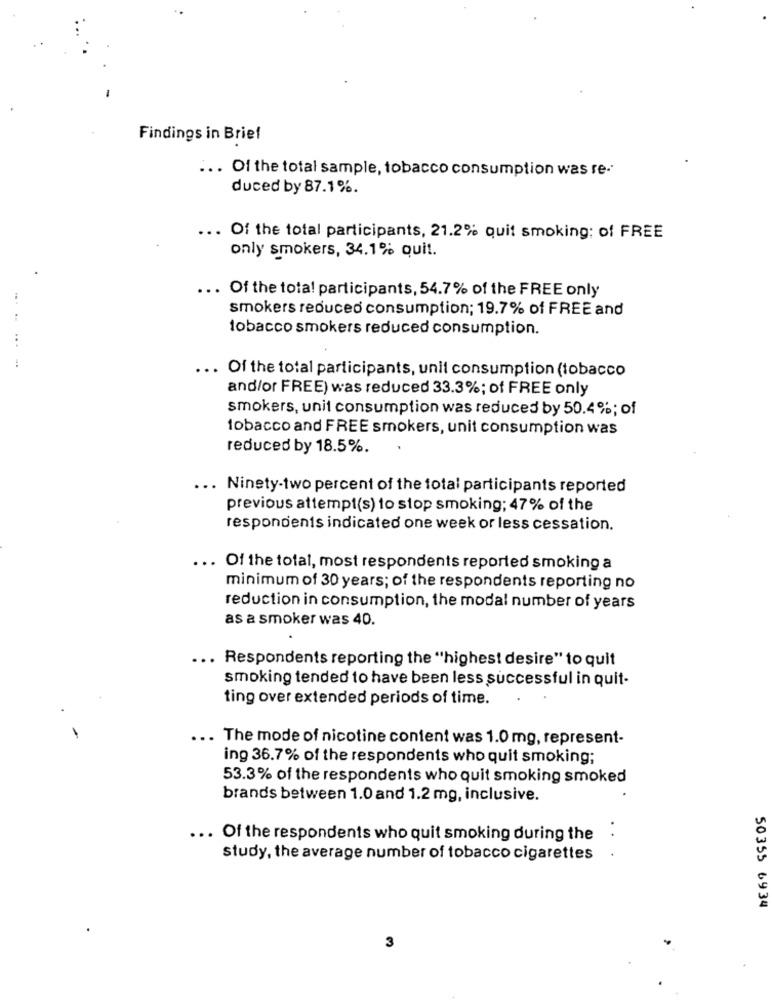
Findings in Brief
... Of the total sample, tobacco consumption was re-
duced by 87.1%.
... Of the total participants, 21.2% quit smoking: of FREE
only smokers, 34.1% Quit.
... Of the total participants, 54.7% of the FREE only
smokers reduced consumption; 19.7% of FREE and
tobacco smokers reduced consumption.
... Of the total participants, unit consumption (tobacco
and/or FREE) was reduced 33.3%; of FREE only
smokers, unit consumption was reduced by 50.4%; of
tobacco and FREE smokers, unit consumption was
reduced by 18.5%.
... Ninety-two percent of the total participants reported
previous attempt(s) to stop smoking; 47% of the
respondents indicated one week or less cessation.
.. Of the total, most respondents reported smoking a
minimum of 30 years; of the respondents reporting no
reduction in consumption, the modal number of years
as a smoker was 40.
... Respondents reporting the "highest desire" to quit
smoking tended to have been less successful in quit-
ting over extended periods of time.
-
... The mode of nicotine content was 1.0 mg, represent-
ing 36.7% of the respondents who quit smoking;
53.3% of the respondents who quit smoking smoked
brands between 1.0 and 1.2 mg, inclusive.
... Of the respondents who quit smoking during the
study, the average number of tobacco cigarettes
.
50355 6934
3